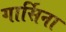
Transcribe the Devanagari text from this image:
गार्सिना